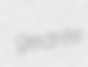
gedrite